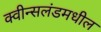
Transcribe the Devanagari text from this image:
क्वीन्सलंडमधील